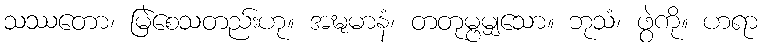
သဿတော၊ မြဲစေသတည်းဟု။ အဍ္ဎမာနံ၊ တတုမ္ဗမျှသော။ ဘုသံ၊ ဖွဲကို။ ဟရာ